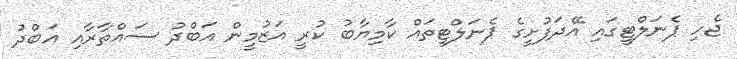
ޖެހި ޕެނަލްޓީގައި އޭދަފުށީގެ ޕެނަލްޓީތައް ކާމިޔާބު ކުރީ އަޒުމީން އަބްދު ސައްތާރާއި އަބްދު